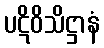
ပဋိဝိသိဋ္ဌာနံ